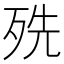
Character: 㱡